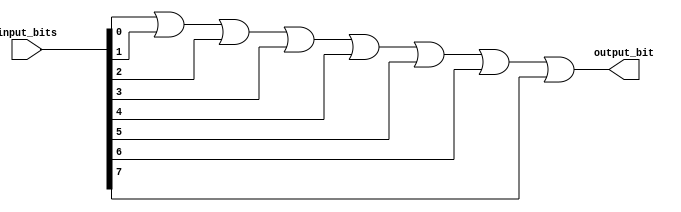
module eight_input_OR_gate(
    input [7:0] input_bits,
    output reg output_bit
);

always @(*)
begin
    output_bit = (input_bits[0] | input_bits[1] | input_bits[2] | input_bits[3] | input_bits[4] | input_bits[5] | input_bits[6] | input_bits[7]);
end

endmodule